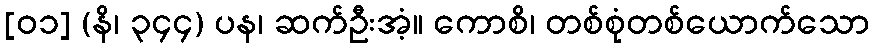
[၀၁] (နိ၊ ၃၄၄) ပန၊ ဆက်ဦးအံ့။ ကောစိ၊ တစ်စုံတစ်ယောက်သော